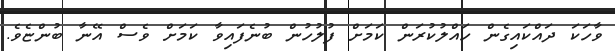
ވާހަކަ ދައްކައިގެން ހައްލުކުރަން ކަމަށް ފުލުހުން ބުނެފައިވާ ކަމަށް ވެސް އޭނާ ބުންޏެވެ.